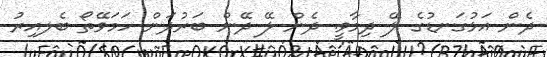
ދެން އަޅުގަނޑުގެ ލޭ ދިމާވީ. ދެން ލޭ ދޭން ބަރުދަން ހަމަވޭތޯ ބެލއިިރު